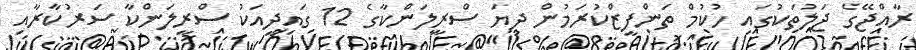
ރާއްޖޭގެ ޖަލުތަކުގައި ހުކުމް ތަންފީޒްކުރަމުން ދިޔަ ސްރީލަންކާގެ 12 ގައިދީއަކު ސްރީލަންކާ ސަރުކާރާއި